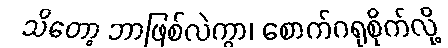
သိတော့ ဘာဖြစ်လဲကွာ၊ စောက်ဂရုစိုက်လို့